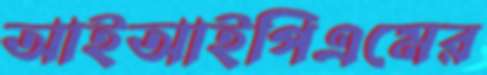
আইআইপিএমের